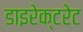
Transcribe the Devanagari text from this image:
डाइरेक्टरेट